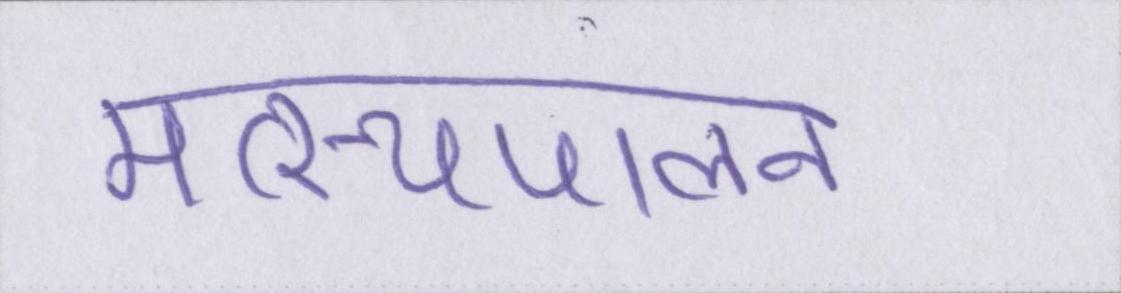
मत्स्यपालन